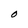
Character: O